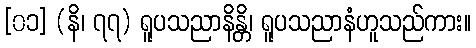
[၀၁] (နိ၊ ၇၇) ရူပသညာနိန္တိ၊ ရူပသညာနံဟူသည်ကား။